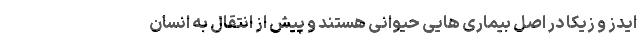
ایدز و زیکا در اصل بیماری هایی حیوانی هستند و پیش از انتقال به انسان